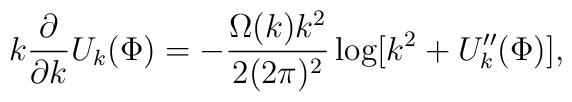
k\frac{\partial}{\partial k}U_k(\Phi)=-\frac{\Omega(k) k^2}{2(2\pi)^2}\log[k^2+U_k^{\prime\prime}(\Phi)],